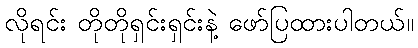
လိုရင်း တိုတိုရှင်းရှင်းနဲ့ ဖော်ပြထားပါတယ်။